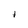
Character: 1